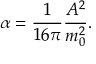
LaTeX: \alpha = \frac { 1 } { 1 6 \pi } \frac { A ^ { 2 } } { m _ { 0 } ^ { 2 } } .